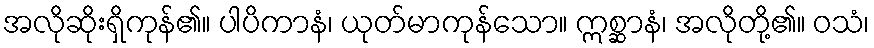
အလိုဆိုးရှိကုန်၏။ ပါပိကာနံ၊ ယုတ်မာကုန်သော။ ဣစ္ဆာနံ၊ အလိုတို့၏။ ဝသံ၊